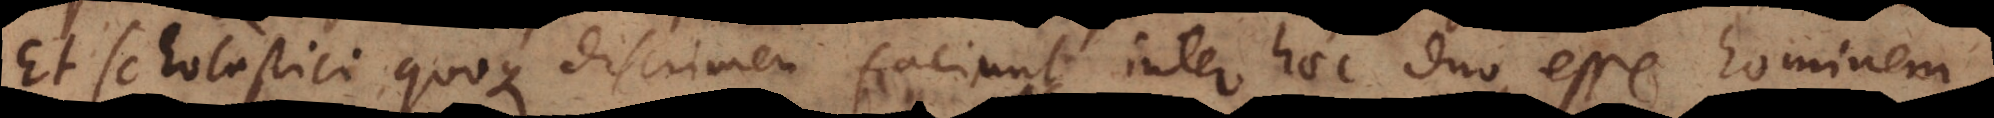
Et scholastici quoque discrimen faciunt inter haec duo, esse hominem